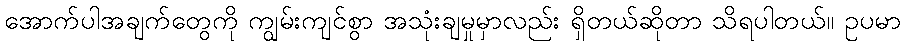
အောက်ပါအချက်တွေကို ကျွမ်းကျင်စွာ အသုံးချမှုမှာလည်း ရှိတယ်ဆိုတာ သိရပါတယ်။ ဥပမာ